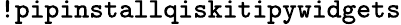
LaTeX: \texttt{!pipinstallqiskitipywidgets}